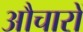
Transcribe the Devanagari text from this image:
औचारों